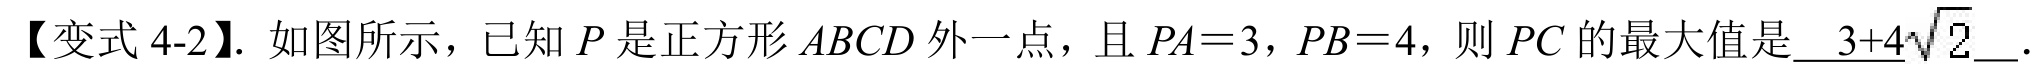
【变式4-2】. 如图所示，已知\(P\)是正方形\(ABCD\)外一点，且\(PA = 3\)，\(PB = 4\)，则\(PC\)的最大值是\(3 + 4\sqrt{2}\).